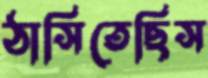
ঠাসিতেছিস